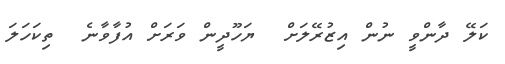
ކަލޭ ދާންވީ ނުން އިޒުރޭލަށް  ޔަހޫދީން ވަރަށް އުފާވާނެ  ތިކަހަލަ